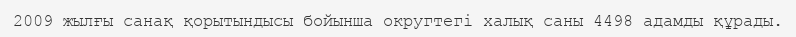
2009 жылғы санақ қорытындысы бойынша округтегі халық саны 4498 адамды құрады.